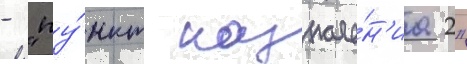
- "пу́нкт назначе́н'иа 2"